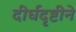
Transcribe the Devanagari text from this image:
दीर्घदृष्टीने